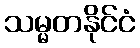
သမ္မတနိုင်ငံ